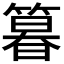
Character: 𮅾